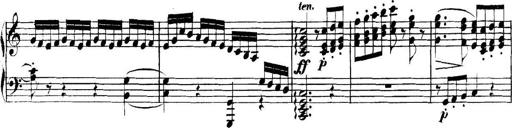
Title: Collected Piano Sonatas
Composer: Muzio Clementi